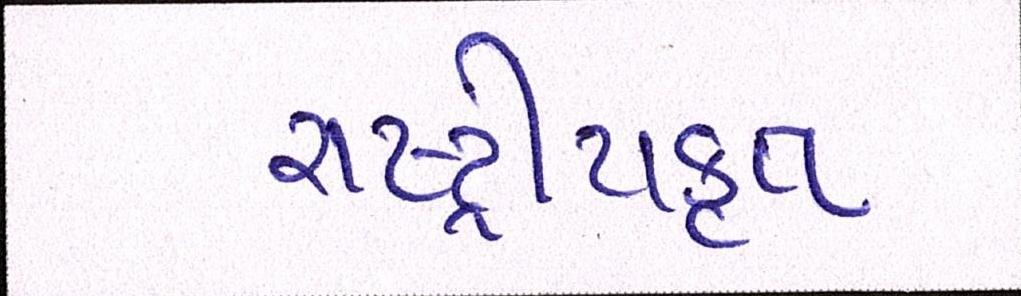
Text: રાષ્ટ્ર્રીયકૃત